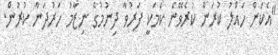
"އެކަން ހައްލު ކުރަން ކުރެވޭނެ ކަމަކީ ފަރުވާ ދިނުމުގެ ނިޒާމު ހަރުދަނާ ކުރުން.